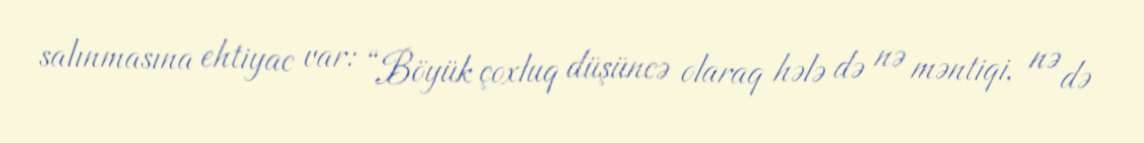
salınmasına ehtiyac var: “Böyük çoxluq düşüncə olaraq hələ də nə məntiqi, nə də